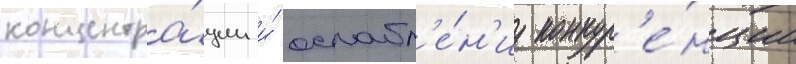
концентра́ции и́ ослабл'е́н'иу конкур'е́нции